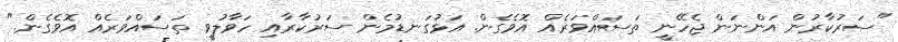
"ސަރުކާރުން އަންނަން ޖެހޭނީ ތަސައްވަރެއް އޮވެގެން. އަޅުގަނޑުމެން ސަރުކާރާއި ހަވާލުވީ ތަސައްވަރެއް އޮވެގެން."